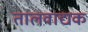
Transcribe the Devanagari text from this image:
तालवाद्यक